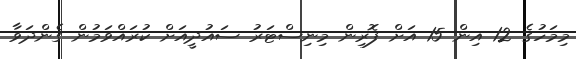
މިމަހުގެ 12 އިން 15 އަށް ފޮރިން މިނިސްޓަރު ސައުދީއަށް ކުރައްވަމުން ގެންދަވާ